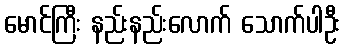
မောင်ကြီး နည်းနည်းလောက် သောက်ပါဦး